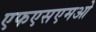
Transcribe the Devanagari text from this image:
एफएसएमओ